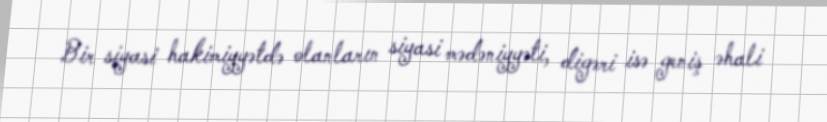
Bir siyasi hakimiyyətdə olanların siyasi mədəniyyəti, digəri isə geniş əhali